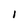
Character: I